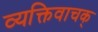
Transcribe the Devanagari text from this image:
व्यक्तिवाचक्